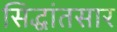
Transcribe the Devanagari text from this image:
सिद्धांतसार